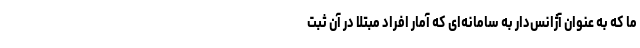
ما که به عنوان آژانس‌دار به سامانه‌ای که آمار افراد مبتلا در آن ثبت